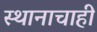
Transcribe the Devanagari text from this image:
स्थानाचाही